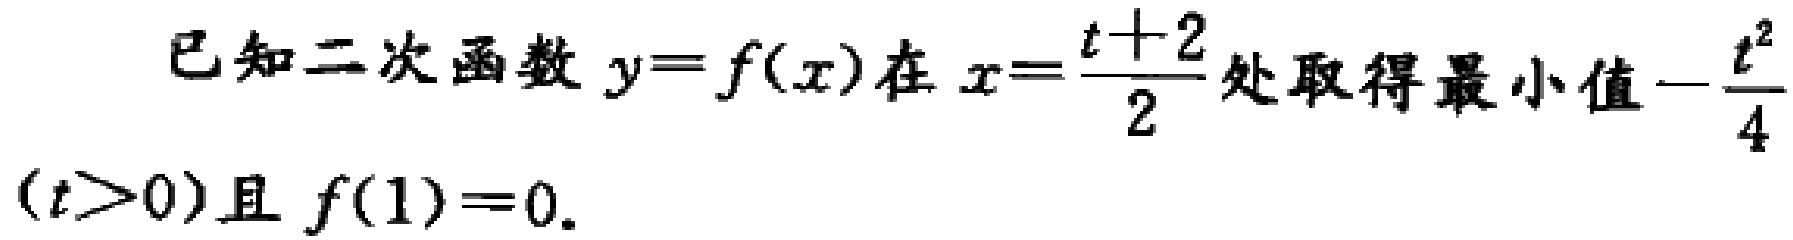
已知二次函数$y = f(x)$在$x = \frac{t + 2}{2}$处取得最小值$-\frac{t^{2}}{4}$$(t>0)$且$f(1)=0$.